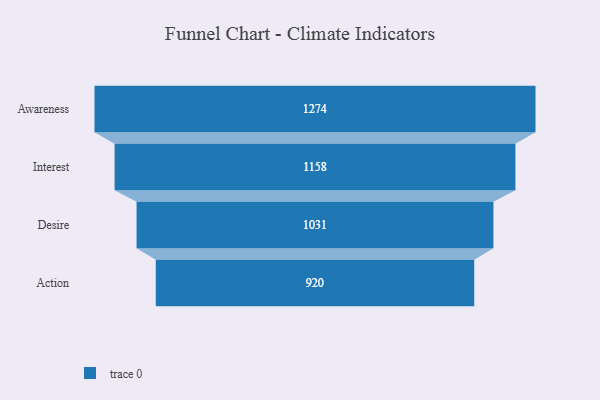
{"axis": {"x": "Stage", "y": "Value"}, "legend": [""], "data": [{"x": "Awareness", "y": 1274.0, "type": ""}, {"x": "Interest", "y": 1158.0, "type": ""}, {"x": "Desire", "y": 1031.0, "type": ""}, {"x": "Action", "y": 920.0, "type": ""}]}